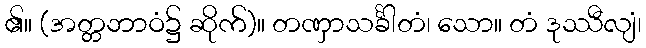
၏။ (အတ္တဘာဝံ၌ ဆိုက်)။ တဏှာသင်္ခါတံ၊ သော။ တံ ဒုဿီလျံ၊